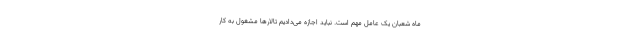
ماه شعبان یک عامل مهم است. نباید اجازه می‌دادیم تالارها مشغول به کار